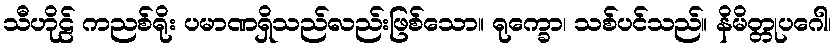
သီဟိုဠ် ကညစ်ရိုး ပမာဏရှိသည်လည်းဖြစ်သော။ ရုက္ခော၊ သစ်ပင်သည်။ နိမိတ္တုပဂေါ၊